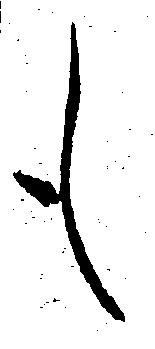
も